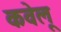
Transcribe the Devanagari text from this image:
कवेलू